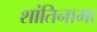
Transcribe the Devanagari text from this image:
शांतिनामा